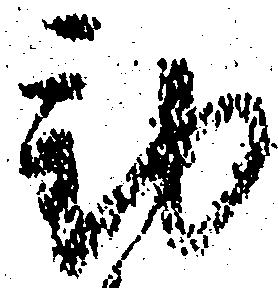
勤